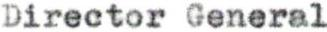
Director General